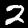
Label: 2